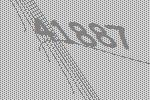
41887